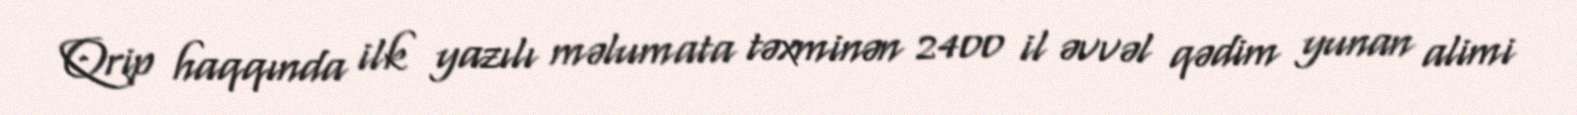
Qrip haqqında ilk yazılı məlumata təxminən 2400 il əvvəl qədim yunan alimi